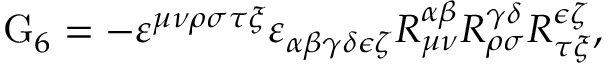
\mathrm { G } _ { 6 } = - \varepsilon ^ { \mu \nu \rho \sigma \tau \xi } \varepsilon _ { \alpha \beta \gamma \delta \epsilon \zeta } R _ { \mu \nu } ^ { \alpha \beta } R _ { \rho \sigma } ^ { \gamma \delta } R _ { \tau \xi } ^ { \epsilon \zeta } ,